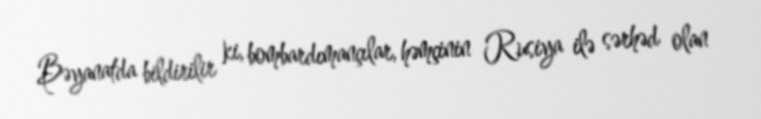
Bəyanatda bildirilir ki, bombardımançılar, həmçinin Rusiya ilə sərhəd olan